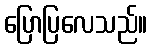
ပြောပြလေသည်။